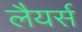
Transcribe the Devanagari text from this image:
लैयर्स